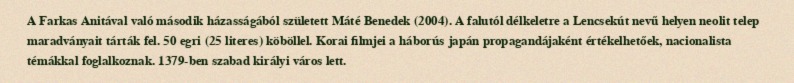
A Farkas Anitával való második házasságából született Máté Benedek (2004). A falutól délkeletre a Lencsekút nevű helyen neolit telep maradványait tárták fel. 50 egri (25 literes) köböllel. Korai filmjei a háborús japán propagandájaként értékelhetőek, nacionalista témákkal foglalkoznak. 1379-ben szabad királyi város lett.